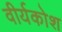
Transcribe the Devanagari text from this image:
वीर्यकोश